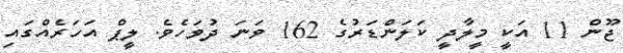
ޖޫން 11 އަކީ މީލާދީ ކަލަންޑަރުގެ 162 ވަނަ ދުވަހެވެ. ލީޕް އަހަރެއްގައި